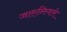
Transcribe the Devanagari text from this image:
जाएन्स्विले